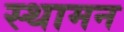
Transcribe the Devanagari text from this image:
स्थामन